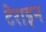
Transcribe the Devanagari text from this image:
टेराइन